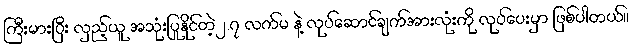
ကြီးမားပြီး လှည့်ယူ အသုံးပြုနိုင်တဲ့၂.၇ လက်မ နဲ့ လုပ်ဆောင်ချက်အားလုံးကို လုပ်ပေးမှာ ဖြစ်ပါတယ်။